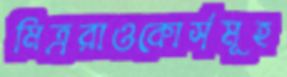
মিত্ররাওকোর্সমূহ